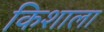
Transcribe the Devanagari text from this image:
किशाला